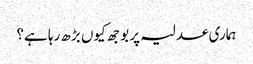
ہماری عدلیہ پر بوجھ کیوں بڑھ رہا ہے؟